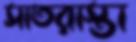
সাতরাস্তা